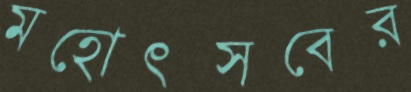
মহোৎসবের